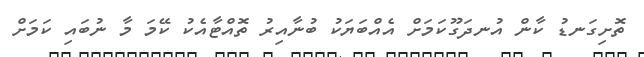
ތޮށިގަނޑު ކާން އުނދަގޫކަމަށް އެއްބަޔަކު ބުނާއިރު ތޮއްޓާއެކު ކޭމަ މާ ނުބައި ކަމަށް